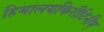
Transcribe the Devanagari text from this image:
हिमालयकिरीटिनीम्